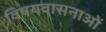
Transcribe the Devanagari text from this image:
विषयवासनाओं